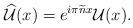
LaTeX: \begin{align*}\widehat{\mathcal{U}}(x)=e^{i\pi \widetilde{n}x}\mathcal{U}(x).\end{align*}